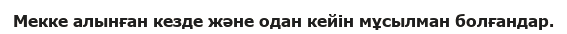
Мекке алынған кезде және одан кейін мұсылман болғандар.